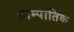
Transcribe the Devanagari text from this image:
साम्पातिक